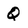
Character: Q